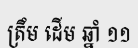
ត្រឹម ដើម ឆ្នាំ ១១